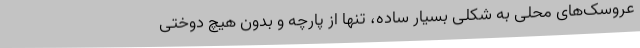
عروسک‌های محلی به شکلی بسیار ساده، تنها از پارچه و بدون هیچ دوختی